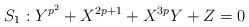
\begin{align*}S_1: Y^{p^2}+X^{2p+1}+X^{3p}Y+Z=0\end{align*}